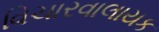
વિચારવાલાયક